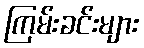
ကြမ်းခင်းများ